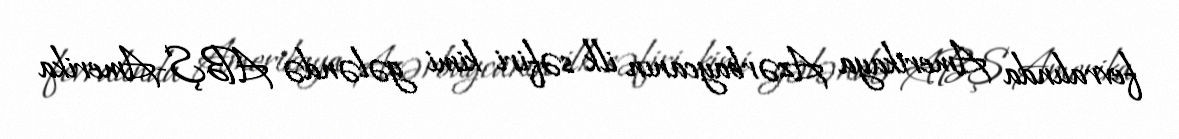
fevralında Amerikaya Azərbaycanın ilk səfiri kimi gələndə ABŞ-Amerika